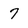
Character: 7